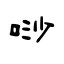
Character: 唦